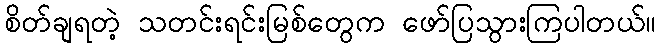
စိတ်ချရတဲ့ သတင်းရင်းမြစ်တွေက ဖော်ပြသွားကြပါတယ်။